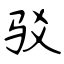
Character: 驳